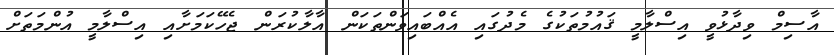
އާސިމް ވިދާޅުވީ އިސްލާމީ ޤައުމުތަކުގެ މެދުގައި އެއްބައިވަންތަކަން އާލާކުރަން ޖެހޭކަމަށާއި އިސްލާމީ އުންމަތަށް